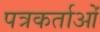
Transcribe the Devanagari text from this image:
पत्रकर्ताओं